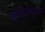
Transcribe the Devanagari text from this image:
कुडियाट्टम।